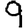
Digit: 9